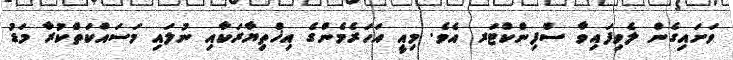
ވަށައިގެން ލެވިފައިވާ ސްފިންކްޓަރ އެވެ. މިއީ އަހަރެމެންގެ އިޚްތިޔާރަކާއި ނުލައި މަސައްކަތްކުރާ މަޑު